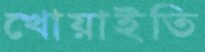
খোয়াইতি